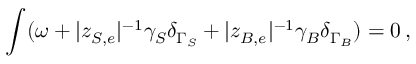
\int ( \omega + | z _ { S , e } | ^ { - 1 } \gamma _ { S } \delta _ { \Gamma _ { S } } + | z _ { B , e } | ^ { - 1 } \gamma _ { B } \delta _ { \Gamma _ { B } } ) = 0 \, ,